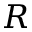
R